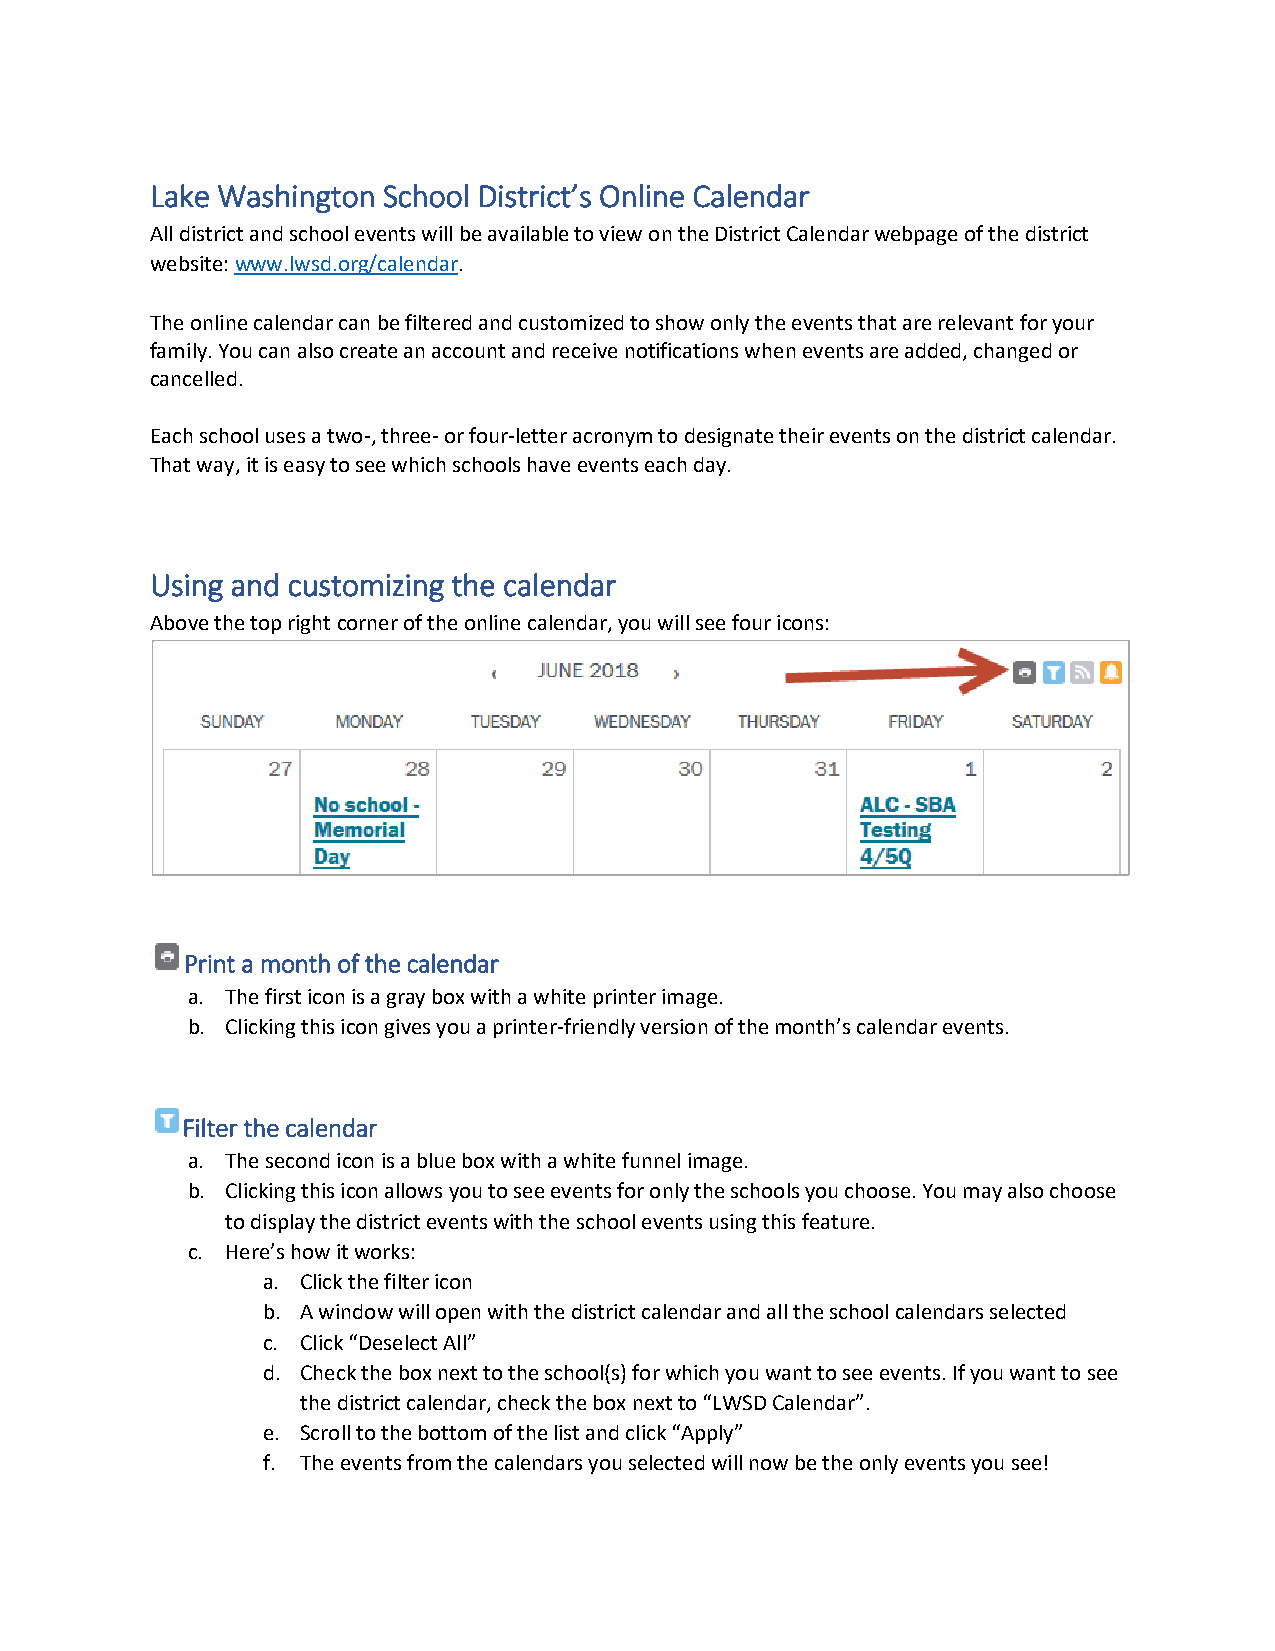
Lake Washington School District’s Online Calendar
 All district and school events will be available to view on the District Calendar webpage of the district
 website: www.lwsd.org/calendar.
 The online calendar can be filtered and customized to show only the events that are relevant for your
 family. You can also create an account and receive notifications when events are added, changed or
 cancelled.
 Each school uses a two-, three- or four-letter acronym to designate their events on the district calendar.
 That way, it is easy to see which schools have events each day.
 Using and customizing the calendar
 Above the top right corner of the online calendar, you will see four icons:
 Print a month of the calendar
 a. The first icon is a gray box with a white printer image.
 b. Clicking this icon gives you a printer-friendly version of the month’s calendar events.
 Filter the calendar
 a. The second icon is a blue box with a white funnel image.
 b. Clicking this icon allows you to see events for only the schools you choose. You may also choose
 to display the district events with the school events using this feature.
 c. Here’s how it works:
 a. Click the filter icon
 b. A window will open with the district calendar and all the school calendars selected
 c. Click “Deselect All”
 d. Check the box next to the school(s) for which you want to see events. If you want to see
 the district calendar, check the box next to “LWSD Calendar”.
 e. Scroll to the bottom of the list and click “Apply”
 f. The events from the calendars you selected will now be the only events you see!